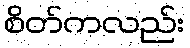
စိတ်ကလည်း